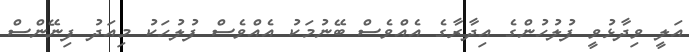
އަލީ ވިދާޅުވީ ފުލުހުންގެ އިދާރާގެ އެއްވެސް ބޭނުމަކު އެއްވެސް ފުލުހަކު މިއަދު ފިނޭންސް